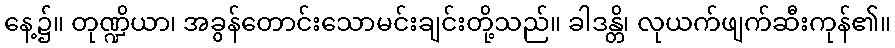
နေ့၌။ တုဏ္ဍိယာ၊ အခွန်တောင်းသောမင်းချင်းတို့သည်။ ခါဒန္တိ၊ လုယက်ဖျက်ဆီးကုန်၏။